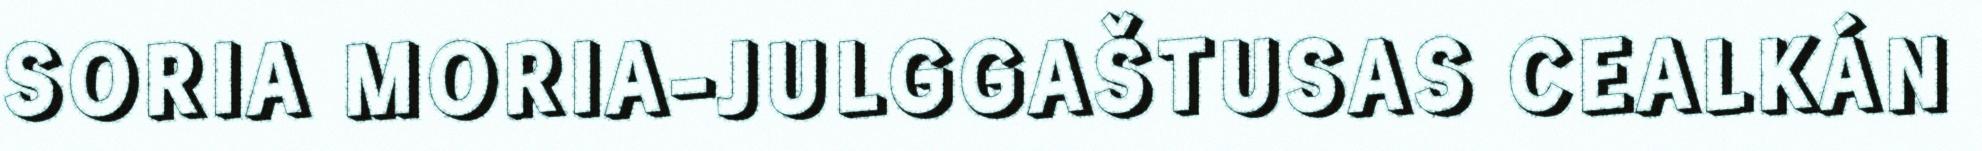
SORIA MORIA-JULGGAŠTUSAS CEALKÁN